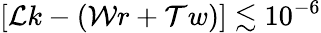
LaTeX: \left[\mathcal{L}k-\left(\mathcal{W}r+\mathcal{T}w\right)\right]\lesssim 10^{-6}